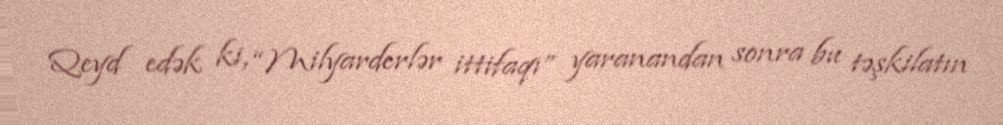
Qeyd edək ki, “Milyarderlər ittifaqı” yaranandan sonra bu təşkilatın